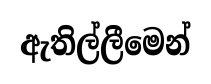
ඇතිල්ලීමෙන්